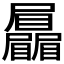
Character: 𡳻